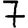
Digit: 7